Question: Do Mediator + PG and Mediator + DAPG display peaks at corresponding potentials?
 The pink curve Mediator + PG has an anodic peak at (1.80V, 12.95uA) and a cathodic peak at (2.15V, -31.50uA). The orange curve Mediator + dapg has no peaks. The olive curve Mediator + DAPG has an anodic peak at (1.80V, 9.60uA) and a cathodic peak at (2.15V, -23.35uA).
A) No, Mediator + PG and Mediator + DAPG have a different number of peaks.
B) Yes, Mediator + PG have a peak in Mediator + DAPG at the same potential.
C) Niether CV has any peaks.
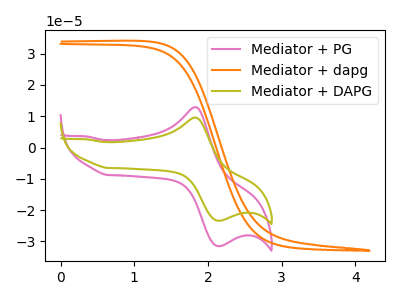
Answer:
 <answer>B) Yes, "Mediator + PG" have a peak in "Mediator + DAPG" at the same potential.</answer>
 <eval>B</eval>